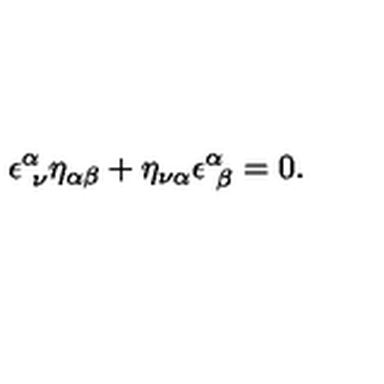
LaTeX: \epsilon _ { \ \nu } ^ { \alpha } \eta _ { \alpha \beta } + \eta _ { \nu \alpha } \epsilon _ { \ \beta } ^ { \alpha } = 0 .